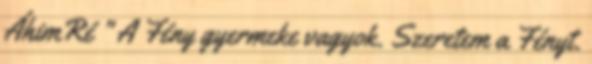
ÁhimRé " A Fény gyermeke vagyok. Szeretem a Fényt.